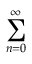
\sum _ { n = 0 } ^ { \infty }